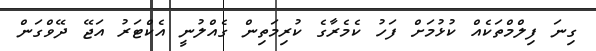
ގިނަ ފިލްމްތަކެއް ކުޅުމަށް ފަހު ކެމެރާގެ ކުރިމަތިން ގެއްލުނީ އެކްޓަރު އަޖޭ ދޭވްގަން